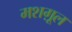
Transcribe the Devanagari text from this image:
मशग़ूल